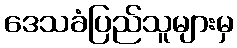
ဒေသခံပြည်သူများမှ